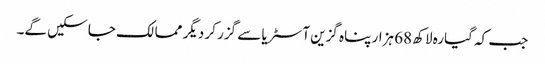
جب کہ گیارہ لاکھ 68 ہزار پناہ گزین آسٹریا سے گزر کر دیگر ممالک جا سکیں گے۔